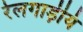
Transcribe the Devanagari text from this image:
रेलगाड़ीयं